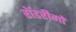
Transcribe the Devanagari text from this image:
रॉडरीगो